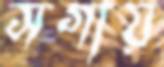
সগায়